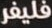
فليفر